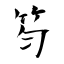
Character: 笉